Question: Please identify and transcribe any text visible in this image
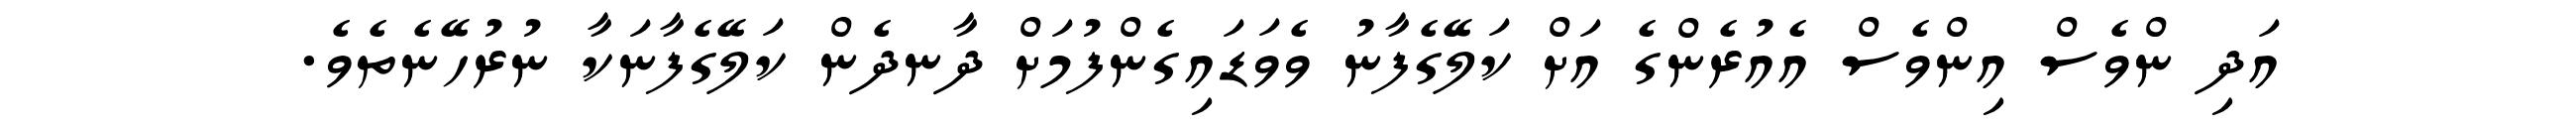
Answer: އަދި ންވެސް އިންވެސް އެއުރެންގެ އަށް ކަލޭގެފާނު ވެވަޑައިގެންފުމަށް ދާނދެން ކަލޭގެފާނަކާ ނުރުހޭނެތެވެ.